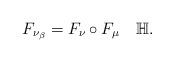
LaTeX: \begin{align*}F_{\nu_{\beta}}=F_{\nu}\circ F_{\mu}\quad\mathbb{H}.\end{align*}